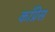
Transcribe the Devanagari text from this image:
काँप्रेस